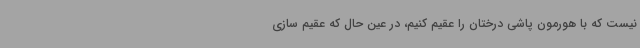
نیست که با هورمون پاشی درختان را عقیم کنیم، در عین حال که عقیم سازی